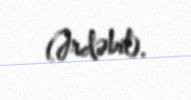
(Ərdəbil).